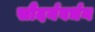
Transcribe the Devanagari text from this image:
सौंदर्यवर्धन